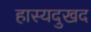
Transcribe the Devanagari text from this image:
हास्यदुखद